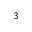
_ 3